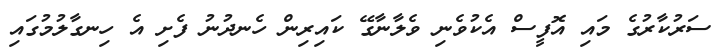
ސަރުކާރުގެ މައި އޮފީސް އެކުވެނި ވެލާނާގޭ ކައިރިން ހެނދުނު ފެށި އެ ހިނގާލުމުގައި